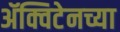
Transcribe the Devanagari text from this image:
ॲक्विटेनच्या